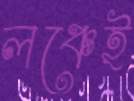
লঞ্চেই